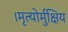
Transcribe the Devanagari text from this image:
।मृत्योर्मुक्षिय